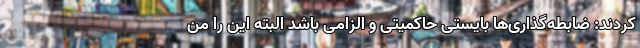
کردند: ضابطه‌گذاری‌ها بایستی حاکمیتی و الزامی باشد البته این را من